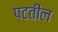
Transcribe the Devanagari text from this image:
पटतील